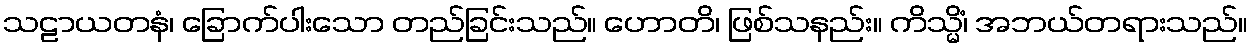
သဠာယတနံ၊ ခြောက်ပါးသော တည်ခြင်းသည်။ ဟောတိ၊ ဖြစ်သနည်း။ ကိသ္မိံ၊ အဘယ်တရားသည်။